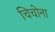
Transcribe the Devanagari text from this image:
चिचोना